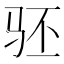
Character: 𬳵